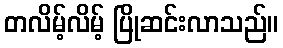
တလိမ့်လိမ့် ပြိုဆင်းလာသည်။